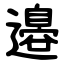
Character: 邉